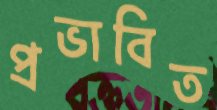
প্রভাবিত